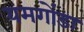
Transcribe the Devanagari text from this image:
यमगोंडा